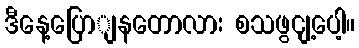
ဒီနေ့ပြောျနတောလား စသဖွငျ့ပေါ့။